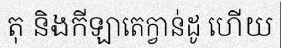
តុ និងកីឡាតេក្វាន់ដូ ហើយ